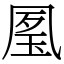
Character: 㓘